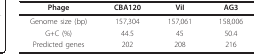
<table><thead><tr><td><b>Phage</b></td><td><b>CBA120</b></td><td><b>ViI</b></td><td><b>AG3</b></td></tr></thead><tbody><tr><td>Genome size (bp)</td><td>157,304</td><td>157,061</td><td>158,006</td></tr><tr><td>G+C (%)</td><td>44.5</td><td>45</td><td>50.4</td></tr><tr><td>Predicted genes</td><td>202</td><td>208</td><td>216</td></tr></tbody></table>